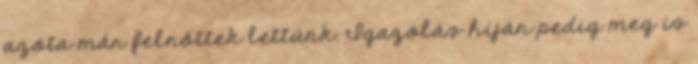
azóta már felnőttek lettünk. Igazolás híján pedig meg is